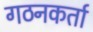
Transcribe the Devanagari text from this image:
गठनकर्ता